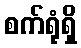
စက်ရုံရှိ